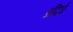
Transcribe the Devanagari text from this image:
प्रदिर्घ